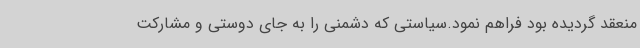
منعقد گردیده بود فراهم نمود.سیاستی که دشمنی را به جای دوستی و مشارکت